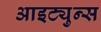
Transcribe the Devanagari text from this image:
आइट्युन्स